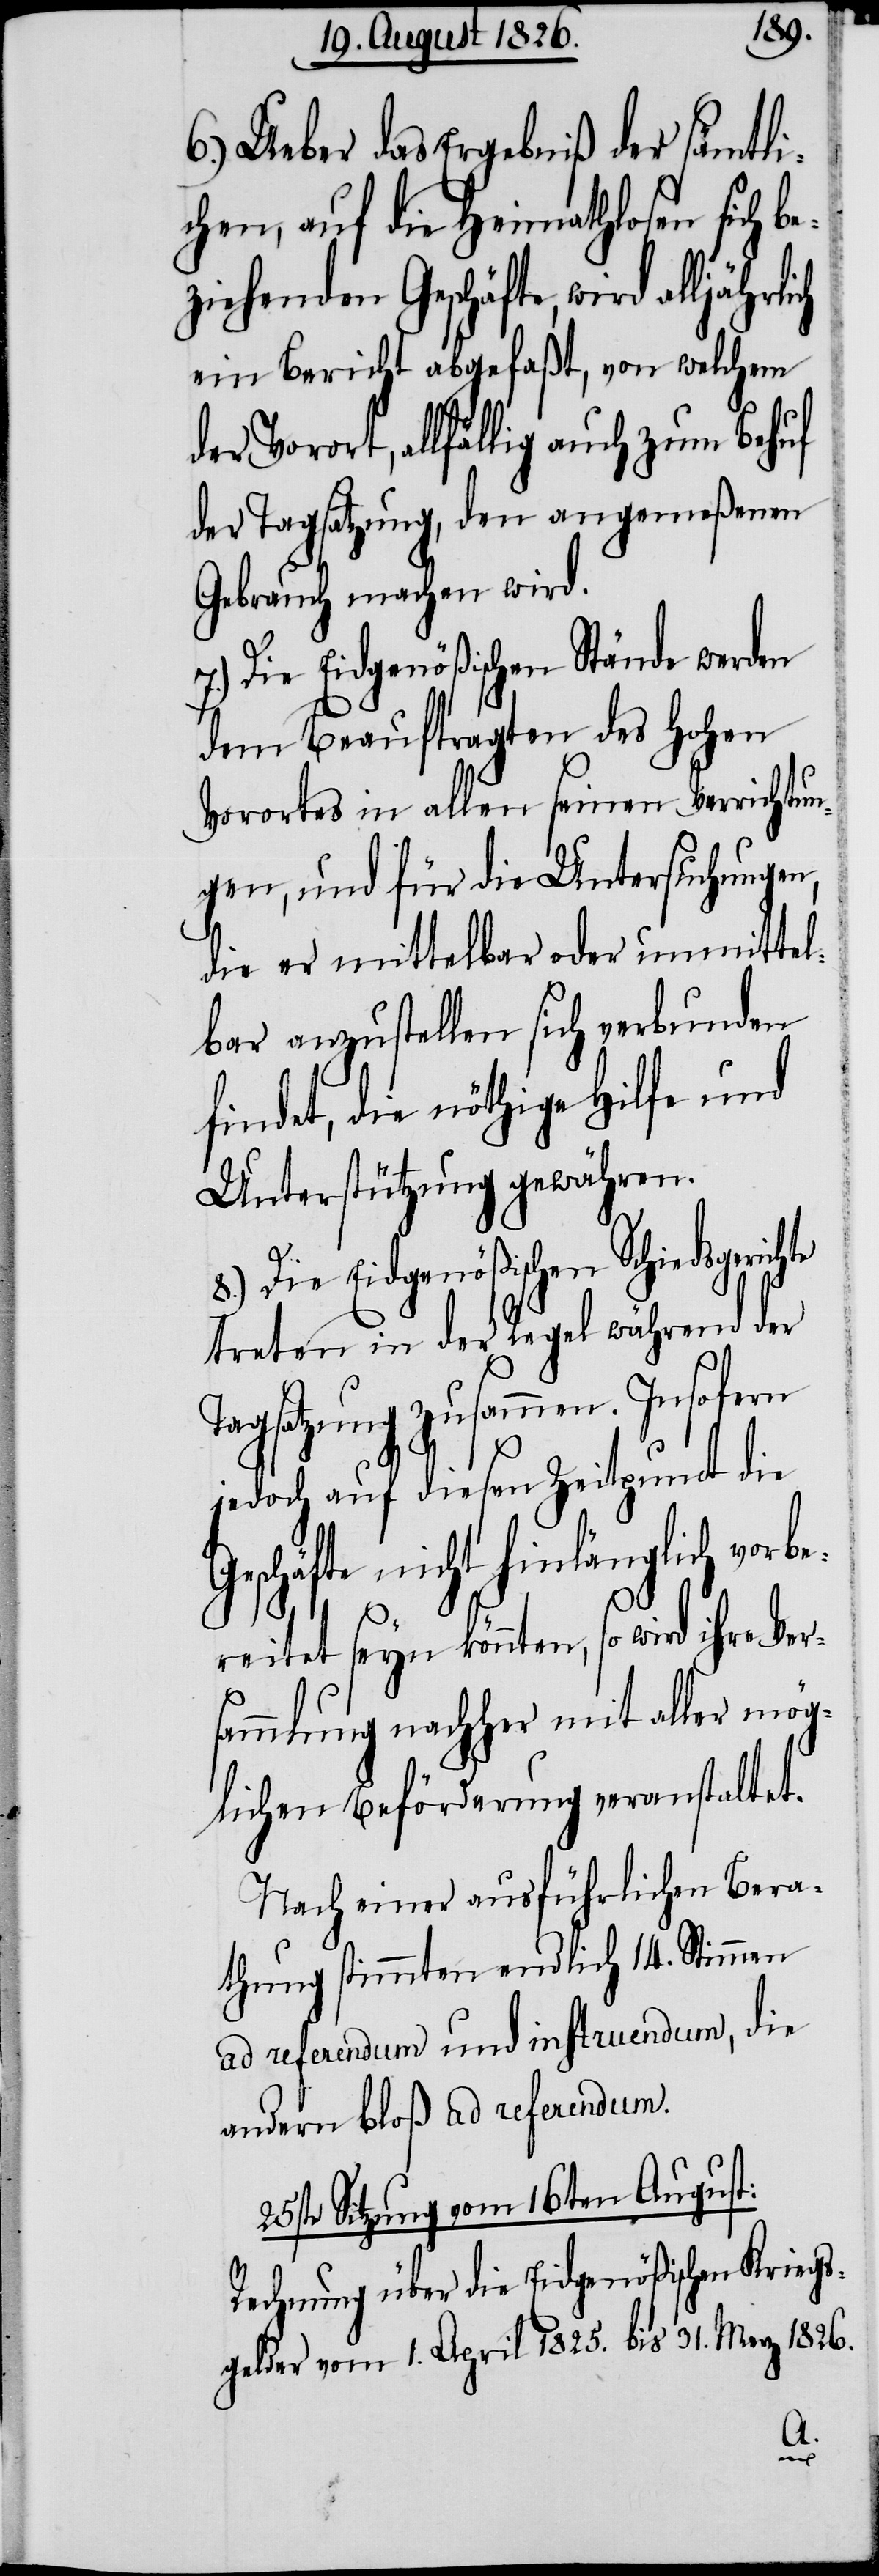
6.) Ueber das Ergebniß der sämtli¬
chen, auf die Heimathlosen sich be¬
ziehenden Geschäfte, wird alljährlich
ein Bericht abgefaßt, von welchem
der Vorort, allfällig auch zum Behuf
der Tagsatzung, den angemeßenen
Gebrauch machen wird.
Die Eidgenößischen Stände werden
dem Beauftragten des hohen
Vorortes in allen seinen Verrichtun¬
gen, und für die Untersuchungen,
die er mittelbar oder unmittel¬
bar anzustellen sich verbunden
findet, die nöthige Hilfe und
Unterstützung gewähren.
Die Eidgenößischen Schiedsger¬
treten in der Regel während der
Tagsatzung zusammen. Insofern
jedoch auf diesen Zeitpunct die
nicht hinlänglich vorb¬
ereitet seyn könnten, so wird ihre Ver¬
sammlung nachher mit aller mög¬
lichen Beförderung veranstaltet.
Nach einer ausführlichen Bera¬
thung stimmten endlich 14. Stimmen
ad referendum und instruendum, die
andern bloß ad referendum.
25ste Sitzung vom 16ten August:
Rechnung über die Eidgenößischen Kriegs¬
gelder vom 1. April 1825. bis 31. Merz 1826.
ichte